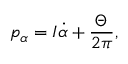
p _ { \alpha } = { \cal I } \dot { \alpha } + \frac { \Theta } { 2 \pi } ,